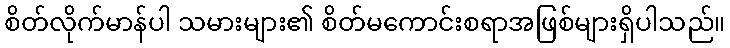
စိတ်လိုက်မာန်ပါ သမားများ၏ စိတ်မကောင်းစရာအဖြစ်များရှိပါသည်။